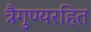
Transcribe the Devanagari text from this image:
त्रैगुण्यरहित